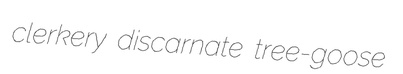
clerkery discarnate tree-goose